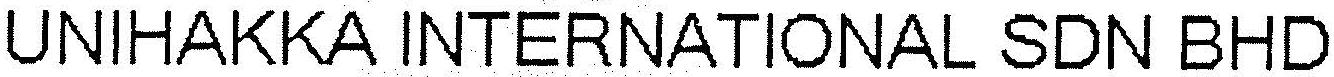
UNIHAKKA INTERNATIONAL SDN BHD